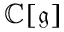
\mathbb { C } [ { \mathfrak { g } } ]